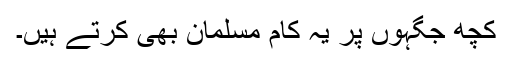
کچھ جگہوں پر یہ کام مسلمان بھی کرتے ہیں۔